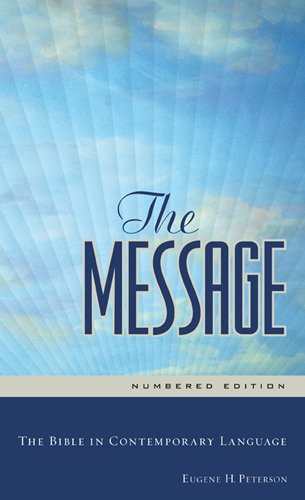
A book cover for The Message: The Bible in Contemporary Language; Christian Books & Bibles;